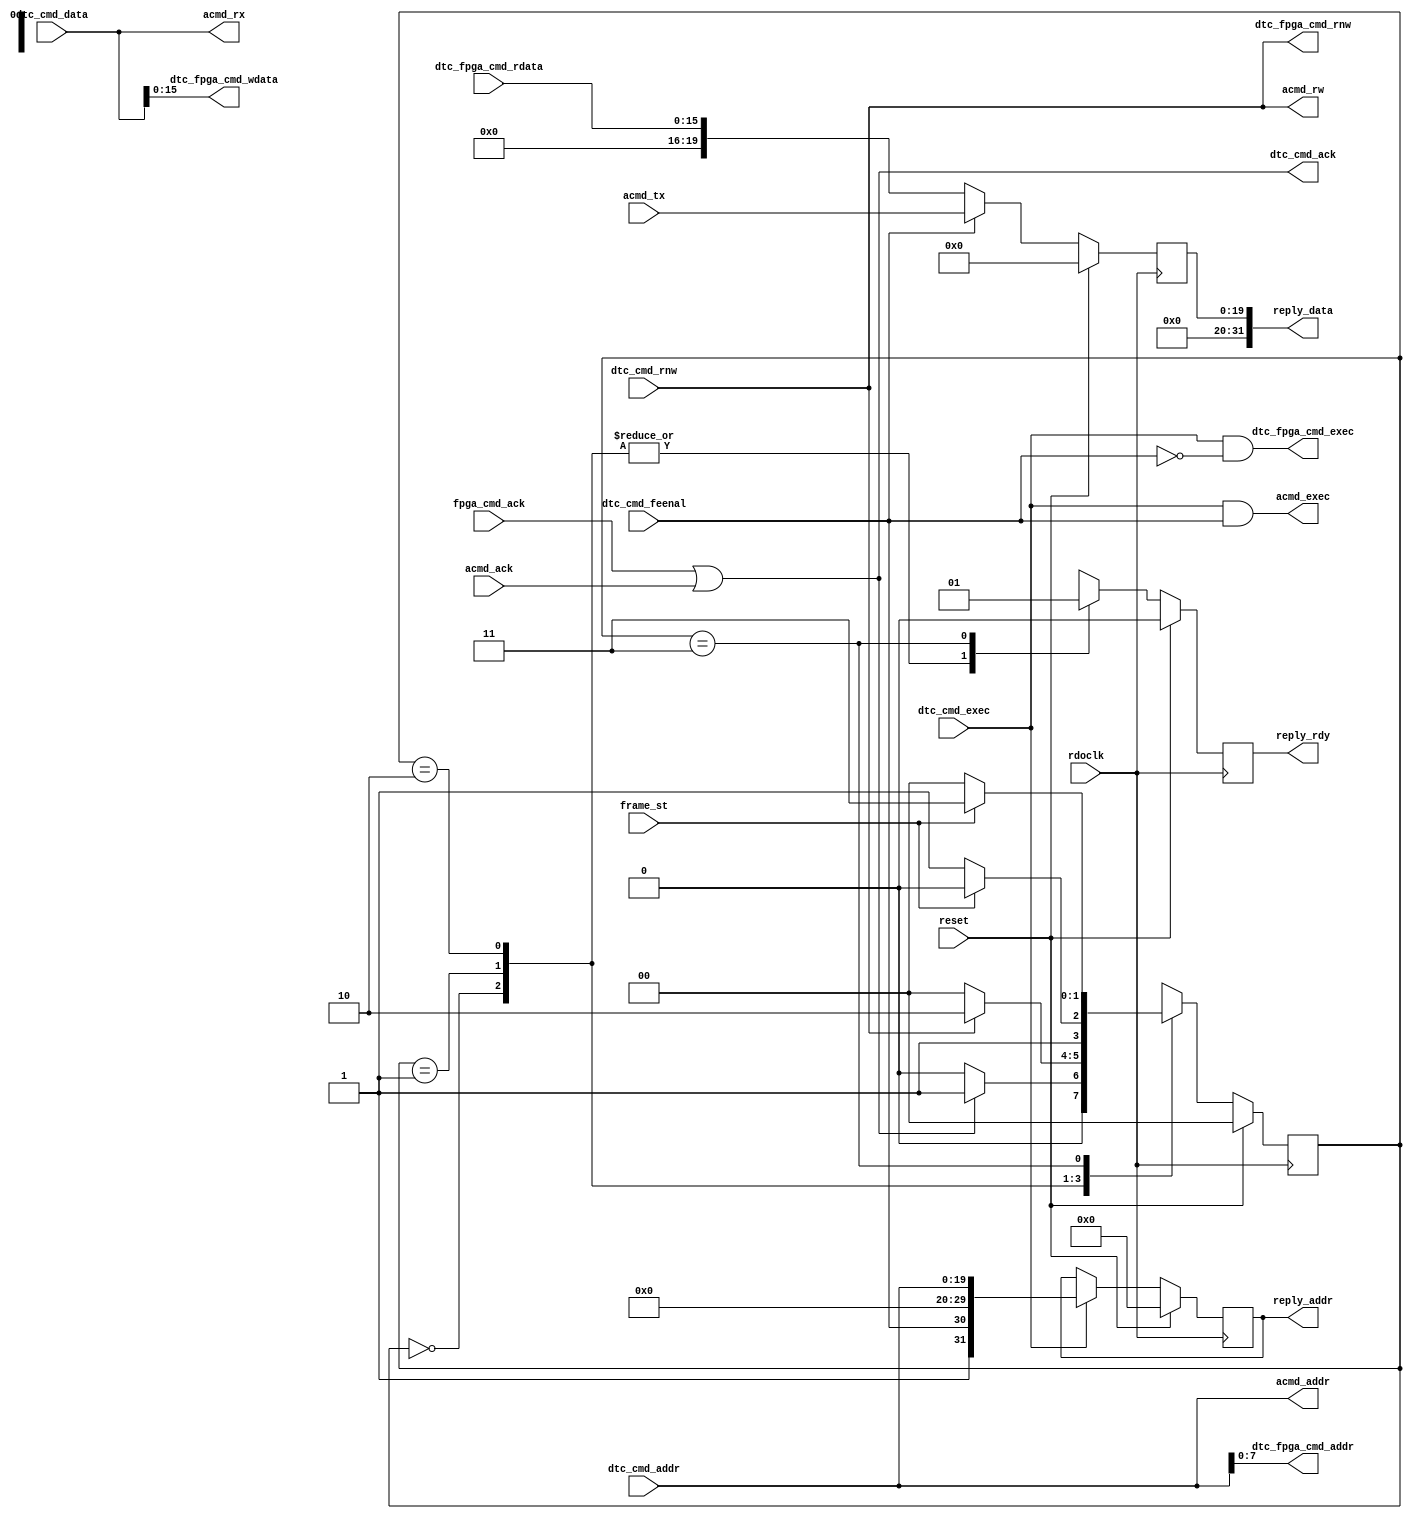
//345678901234567890123456789012345678901234567890123456789012345678901234567890
//******************************************************************************
//*
//* Module          : dtc_cmd
//* File            : dtc_cmd.v
//* Description     : Multiplexed FPGA commands and ALTRO commands to DTC commands.
//* Author/Designer : Zhang.Fan (fanzhang.ccnu@gmail.com)
//*
//*  Revision history:
//*   18-01-2013 : Initial release
//*	  06-03-2013 : Add fpga_cmd_ack, acmd_ack, optimize FSM
//*******************************************************************************
module dtc_cmd(
input rdoclk,

//dtc_rx
input dtc_cmd_rnw,
input dtc_cmd_exec,//last 100ns
input dtc_cmd_feenal, //0: fpga, 1:altro
input [19:0] dtc_cmd_data,
input [19:0] dtc_cmd_addr,
output dtc_cmd_ack,

//memory interface
output wire dtc_fpga_cmd_exec,
output wire dtc_fpga_cmd_rnw,
output wire [7:0] dtc_fpga_cmd_addr,
output wire [15:0] dtc_fpga_cmd_wdata,
input [15:0] 	 dtc_fpga_cmd_rdata,
input			 fpga_cmd_ack,

//read/write
output wire 	   acmd_exec,
output wire 	   acmd_rw,
output wire [19:0] acmd_addr,
output wire [19:0] acmd_rx,
input 		[19:0] acmd_tx,
input					 acmd_ack,

//dtc_tx
input 				frame_st,
output reg [31:0]   reply_addr = 32'h0,
output reg [31:0]   reply_data = 32'h0,
output reg 			reply_rdy = 1'b0,

input 				reset
);

assign dtc_fpga_cmd_exec = dtc_cmd_exec & (!dtc_cmd_feenal);
assign dtc_fpga_cmd_rnw = dtc_cmd_rnw;
assign dtc_fpga_cmd_addr = dtc_cmd_addr[7:0];
assign dtc_fpga_cmd_wdata = dtc_cmd_data[15:0];

assign acmd_exec = dtc_cmd_exec & dtc_cmd_feenal;
assign acmd_rw = dtc_cmd_rnw;
assign acmd_addr = dtc_cmd_addr[19:0];
assign acmd_rx = dtc_cmd_data[19:0];

assign dtc_cmd_ack = fpga_cmd_ack | acmd_ack;

always @(posedge rdoclk)
if(reset)
	reply_addr <= 32'h0;
else if(dtc_cmd_exec)
	reply_addr <= {1'b1,dtc_cmd_feenal,10'h0,dtc_cmd_addr};
else
	reply_addr <= reply_addr;
	
always @(posedge rdoclk)
if(reset)
	reply_data <= 32'h0;
else if(dtc_cmd_feenal)
	reply_data <= {10'h0,acmd_tx};
	else
	reply_data <= {16'h0,dtc_fpga_cmd_rdata};

parameter st0 = 0; parameter st1 = 1;
parameter st2 = 2; parameter st3 = 3; 

reg [1:0] st = st0;
always @(posedge rdoclk)
if(reset)
begin
//clkcnt <= 6'h0;
reply_rdy <= 1'b0;
st <= st0;
end
	else
case(st)
st0 : begin
//clkcnt <= 6'h0;
reply_rdy <= 1'b0;

if(dtc_cmd_ack)
st <= st1;
else 
st <= st0;
end 

st1 : begin
//clkcnt <= 6'h0;
reply_rdy <= 1'b0;
	
if(dtc_cmd_rnw)
st <= st2;
else
st <= st0;
end

st2 : begin
//	clkcnt <= 6'h0;
	reply_rdy <= 1'b0;
	
	if(frame_st)
	st <= st2;
	else
	st <= st3;
end

st3 : begin
//	clkcnt <= 6'h0;
	reply_rdy <= 1'b1;
	
	if(frame_st)
	st <= st3;
	else
	st <= st0;
end

default : begin
//clkcnt <= 6'h0;
reply_rdy <= 1'b0;
st <= st0;
end
endcase

endmodule